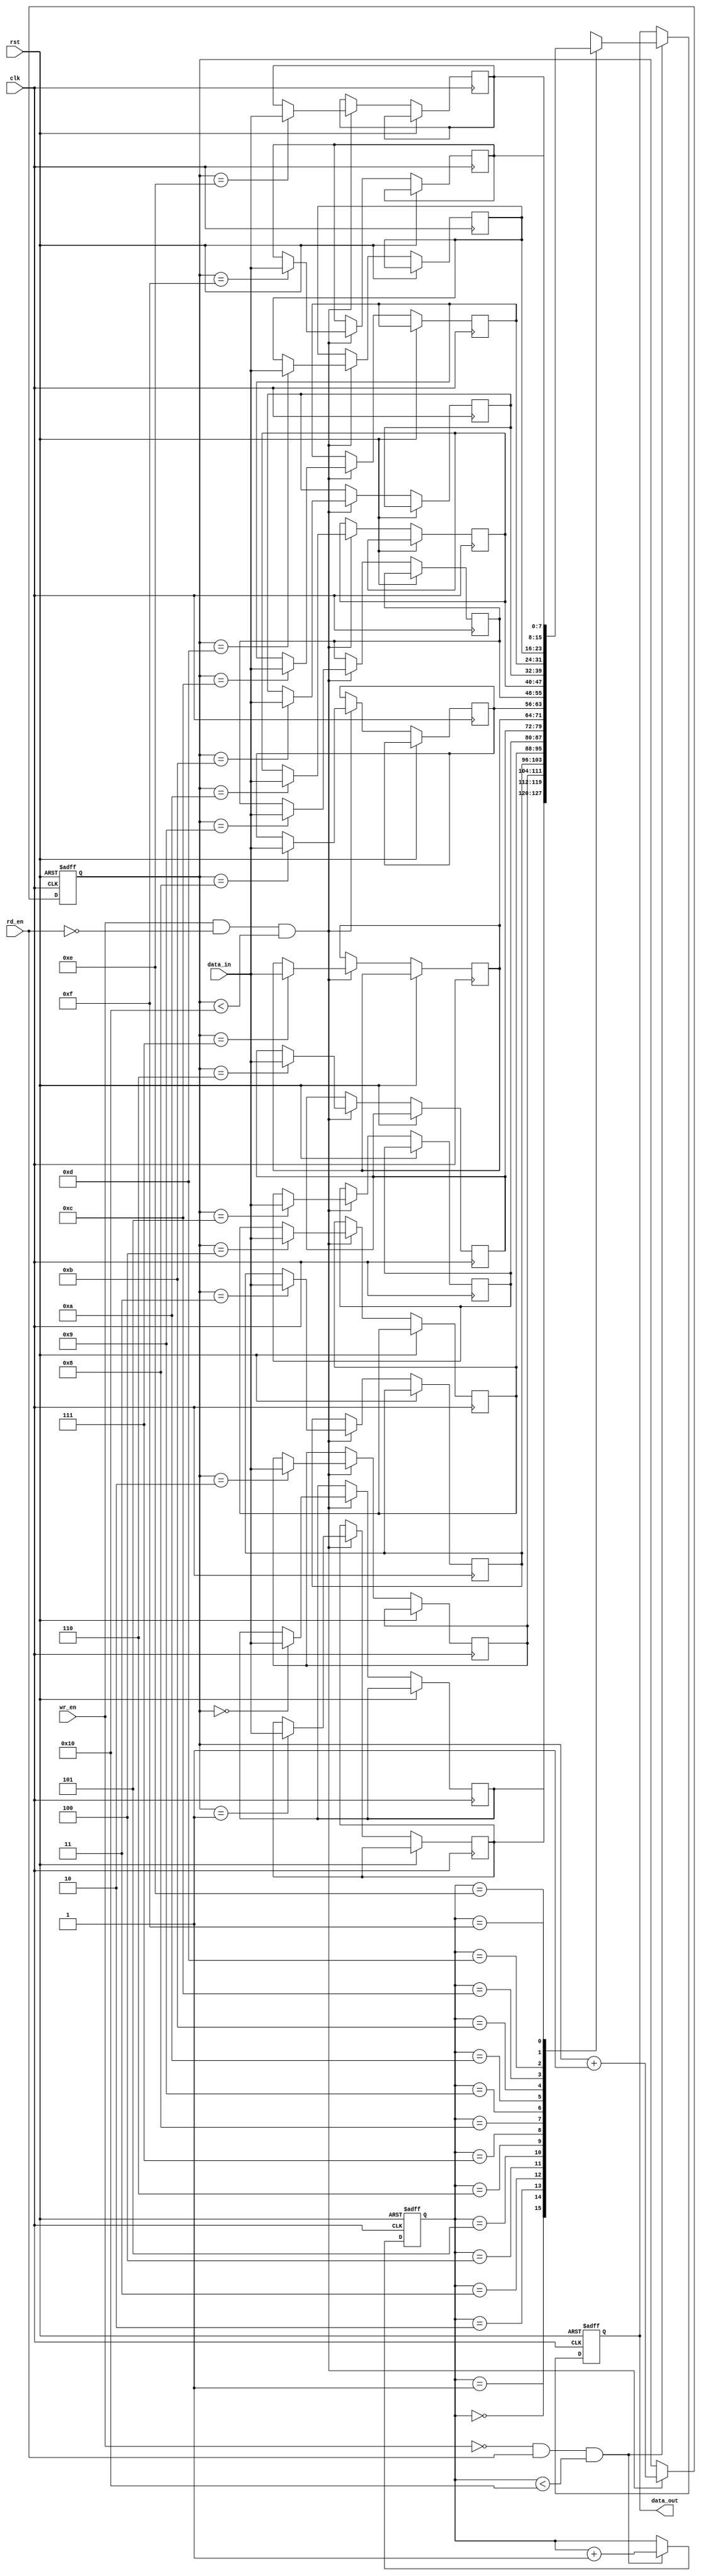
module fifo (
    input wire clk,
    input wire rst,
    input wire wr_en,
    input wire rd_en,
    input wire [7:0] data_in,
    output reg [7:0] data_out
);

parameter DEPTH = 16;
reg [7:0] fifo[0:DEPTH-1];
reg [3:0] wr_ptr;
reg [3:0] rd_ptr;

always @(posedge clk or posedge rst) begin
    if (rst) begin
        wr_ptr <= 4'b0;
        rd_ptr <= 4'b0;
        data_out <= 8'b0;
    end
    else begin
        if (wr_en && !rd_en && wr_ptr < DEPTH) begin
            fifo[wr_ptr] <= data_in;
            wr_ptr <= wr_ptr + 1;
        end
        
        if (!wr_en && rd_en && rd_ptr < DEPTH) begin
            data_out <= fifo[rd_ptr];
            rd_ptr <= rd_ptr + 1;
        end
    end
end

endmodule